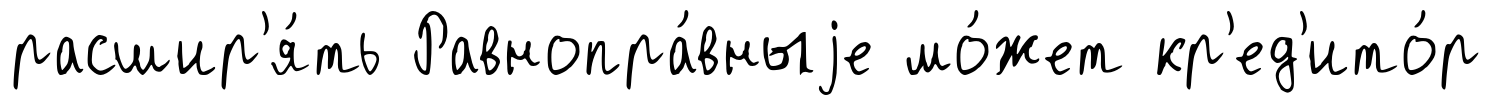
расшир'я́ть Равнопра́вныjе мо́жет кр'ед'ито́р